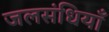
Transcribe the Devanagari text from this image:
जलसंधियाँ